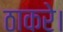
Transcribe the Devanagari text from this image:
ठाकरे।